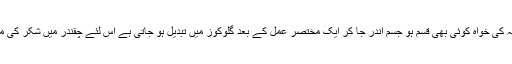
چقندر میں چونکہ شکر موجود ہے، شکر اور نشاستہ کی خواہ کوئی بھی قسم ہو جسم اندر جا کر ایک مختصر عمل کے بعد گلوکوز میں تبدیل ہو جاتی ہے اس لئے چقندر میں شکر کی موجودگی کمزوری کے لئے یقیناً فائدہ مند ہوتی ہے۔